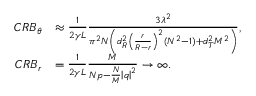
\begin{array} { r l } { C R { B _ { \theta } } } & { \approx \frac { 1 } { { 2 \gamma L } } \frac { { 3 { \lambda ^ { 2 } } } } { { { \pi ^ { 2 } } N \left( { d _ { R } ^ { 2 } { { \left( { \frac { r } { { R - r } } } \right) } ^ { 2 } } ( { N ^ { 2 } } - 1 ) + d _ { T } ^ { 2 } { M ^ { 2 } } } \right) } } , } \\ { C R { B _ { r } } } & { = \frac { 1 } { { 2 \gamma L } } \frac { M } { { N p - \frac { N } { M } { { \left| q \right| } ^ { 2 } } } } \to \infty . } \end{array}